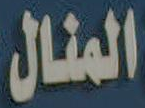
المنال